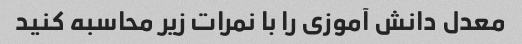
معدل دانش آموزی را با نمرات زیر محاسبه کنید